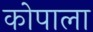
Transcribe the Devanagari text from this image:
कोपाला